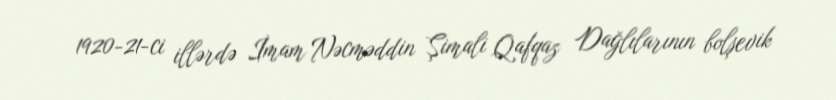
1920-21-ci illərdə İmam Nəcməddin Şimali Qafqaz Dağlılarının bolşevik